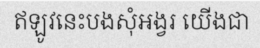
ឥឡូវនេះបងសុំអង្វរ យើងជា